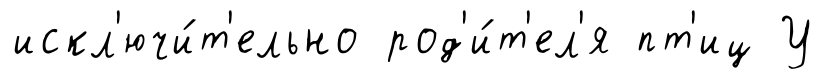
искл'ючи́т'ельно род'и́т'ел'я пт'иц У